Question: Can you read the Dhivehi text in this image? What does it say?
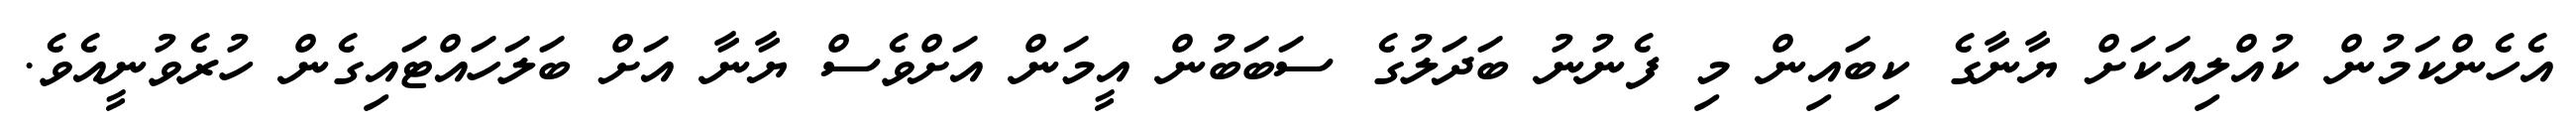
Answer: އެހެންކަމުން ކުއްލިއަކަށް ޔާނާގެ ކިބައިން މި ފެނުނު ބަދަލުގެ ސަބަބުން އީމަން އަށްވެސް ޔާނާ އަށް ބަލަހައްޓައިގެން ހުރެވުނީއެވެ.